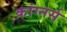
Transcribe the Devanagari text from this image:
कांग्नर्स